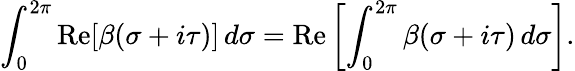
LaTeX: \int_{0}^{2\pi}\mathrm{Re}[\beta(\sigma+i\tau)]\, d\sigma=\mathrm{Re}\left[\int_{0}^{2\pi}\beta(\sigma+i\tau)\, d\sigma\right].